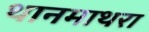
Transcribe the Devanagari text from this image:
थानमाथरा